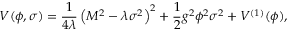
V ( \phi , \sigma ) = \frac { 1 } { 4 \lambda } \left( M ^ { 2 } - \lambda \sigma ^ { 2 } \right) ^ { 2 } + \frac { 1 } { 2 } g ^ { 2 } \phi ^ { 2 } \sigma ^ { 2 } + V ^ { ( 1 ) } ( \phi ) ,